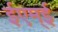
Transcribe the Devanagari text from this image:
ईएम्‌ई